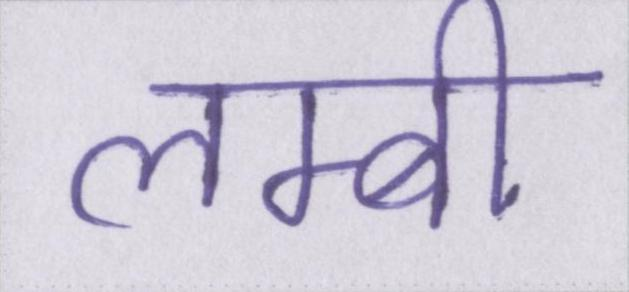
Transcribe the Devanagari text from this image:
लम्बी